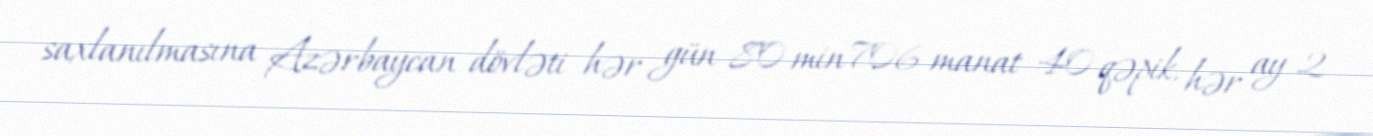
saxlanılmasına Azərbaycan dövləti hər gün 80 min 706 manat 40 qəpik, hər ay 2